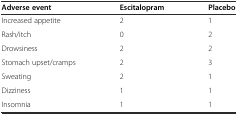
| Adverse event | Escitalopram | Placebo |
 | --- | --- | --- |
 | Increased appetite | 2 | 1 |
 | Rash/itch | 0 | 2 |
 | Drowsiness | 2 | 2 |
 | Stomach upset/cramps | 2 | 3 |
 | Sweating | 2 | 1 |
 | Dizziness | 1 | 1 |
 | Insomnia | 1 | 1 |